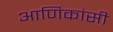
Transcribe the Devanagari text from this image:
आणिकांसी